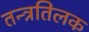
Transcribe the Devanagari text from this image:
तन्त्रतिलक